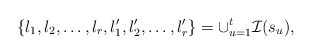
\begin{align*}\{l_1,l_2,\dots,l_r,l_1',l_2',\dots,l_r'\} = \cup_{u=1}^t \mathcal I(s_u),\end{align*}